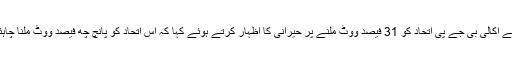
انہوں نے اکالی بی جے پی اتحاد کو 31 فیصد ووٹ ملنے پر حیرانی کا اظہار کرتے ہوئے کہا کہ اس اتحاد کو پانچ چھ فیصد ووٹ ملنا چاہئے تھا۔